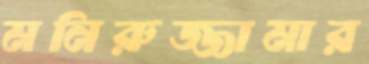
মনিরুজ্জামার